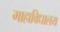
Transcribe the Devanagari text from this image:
माहाविधालय